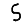
Digit: 5